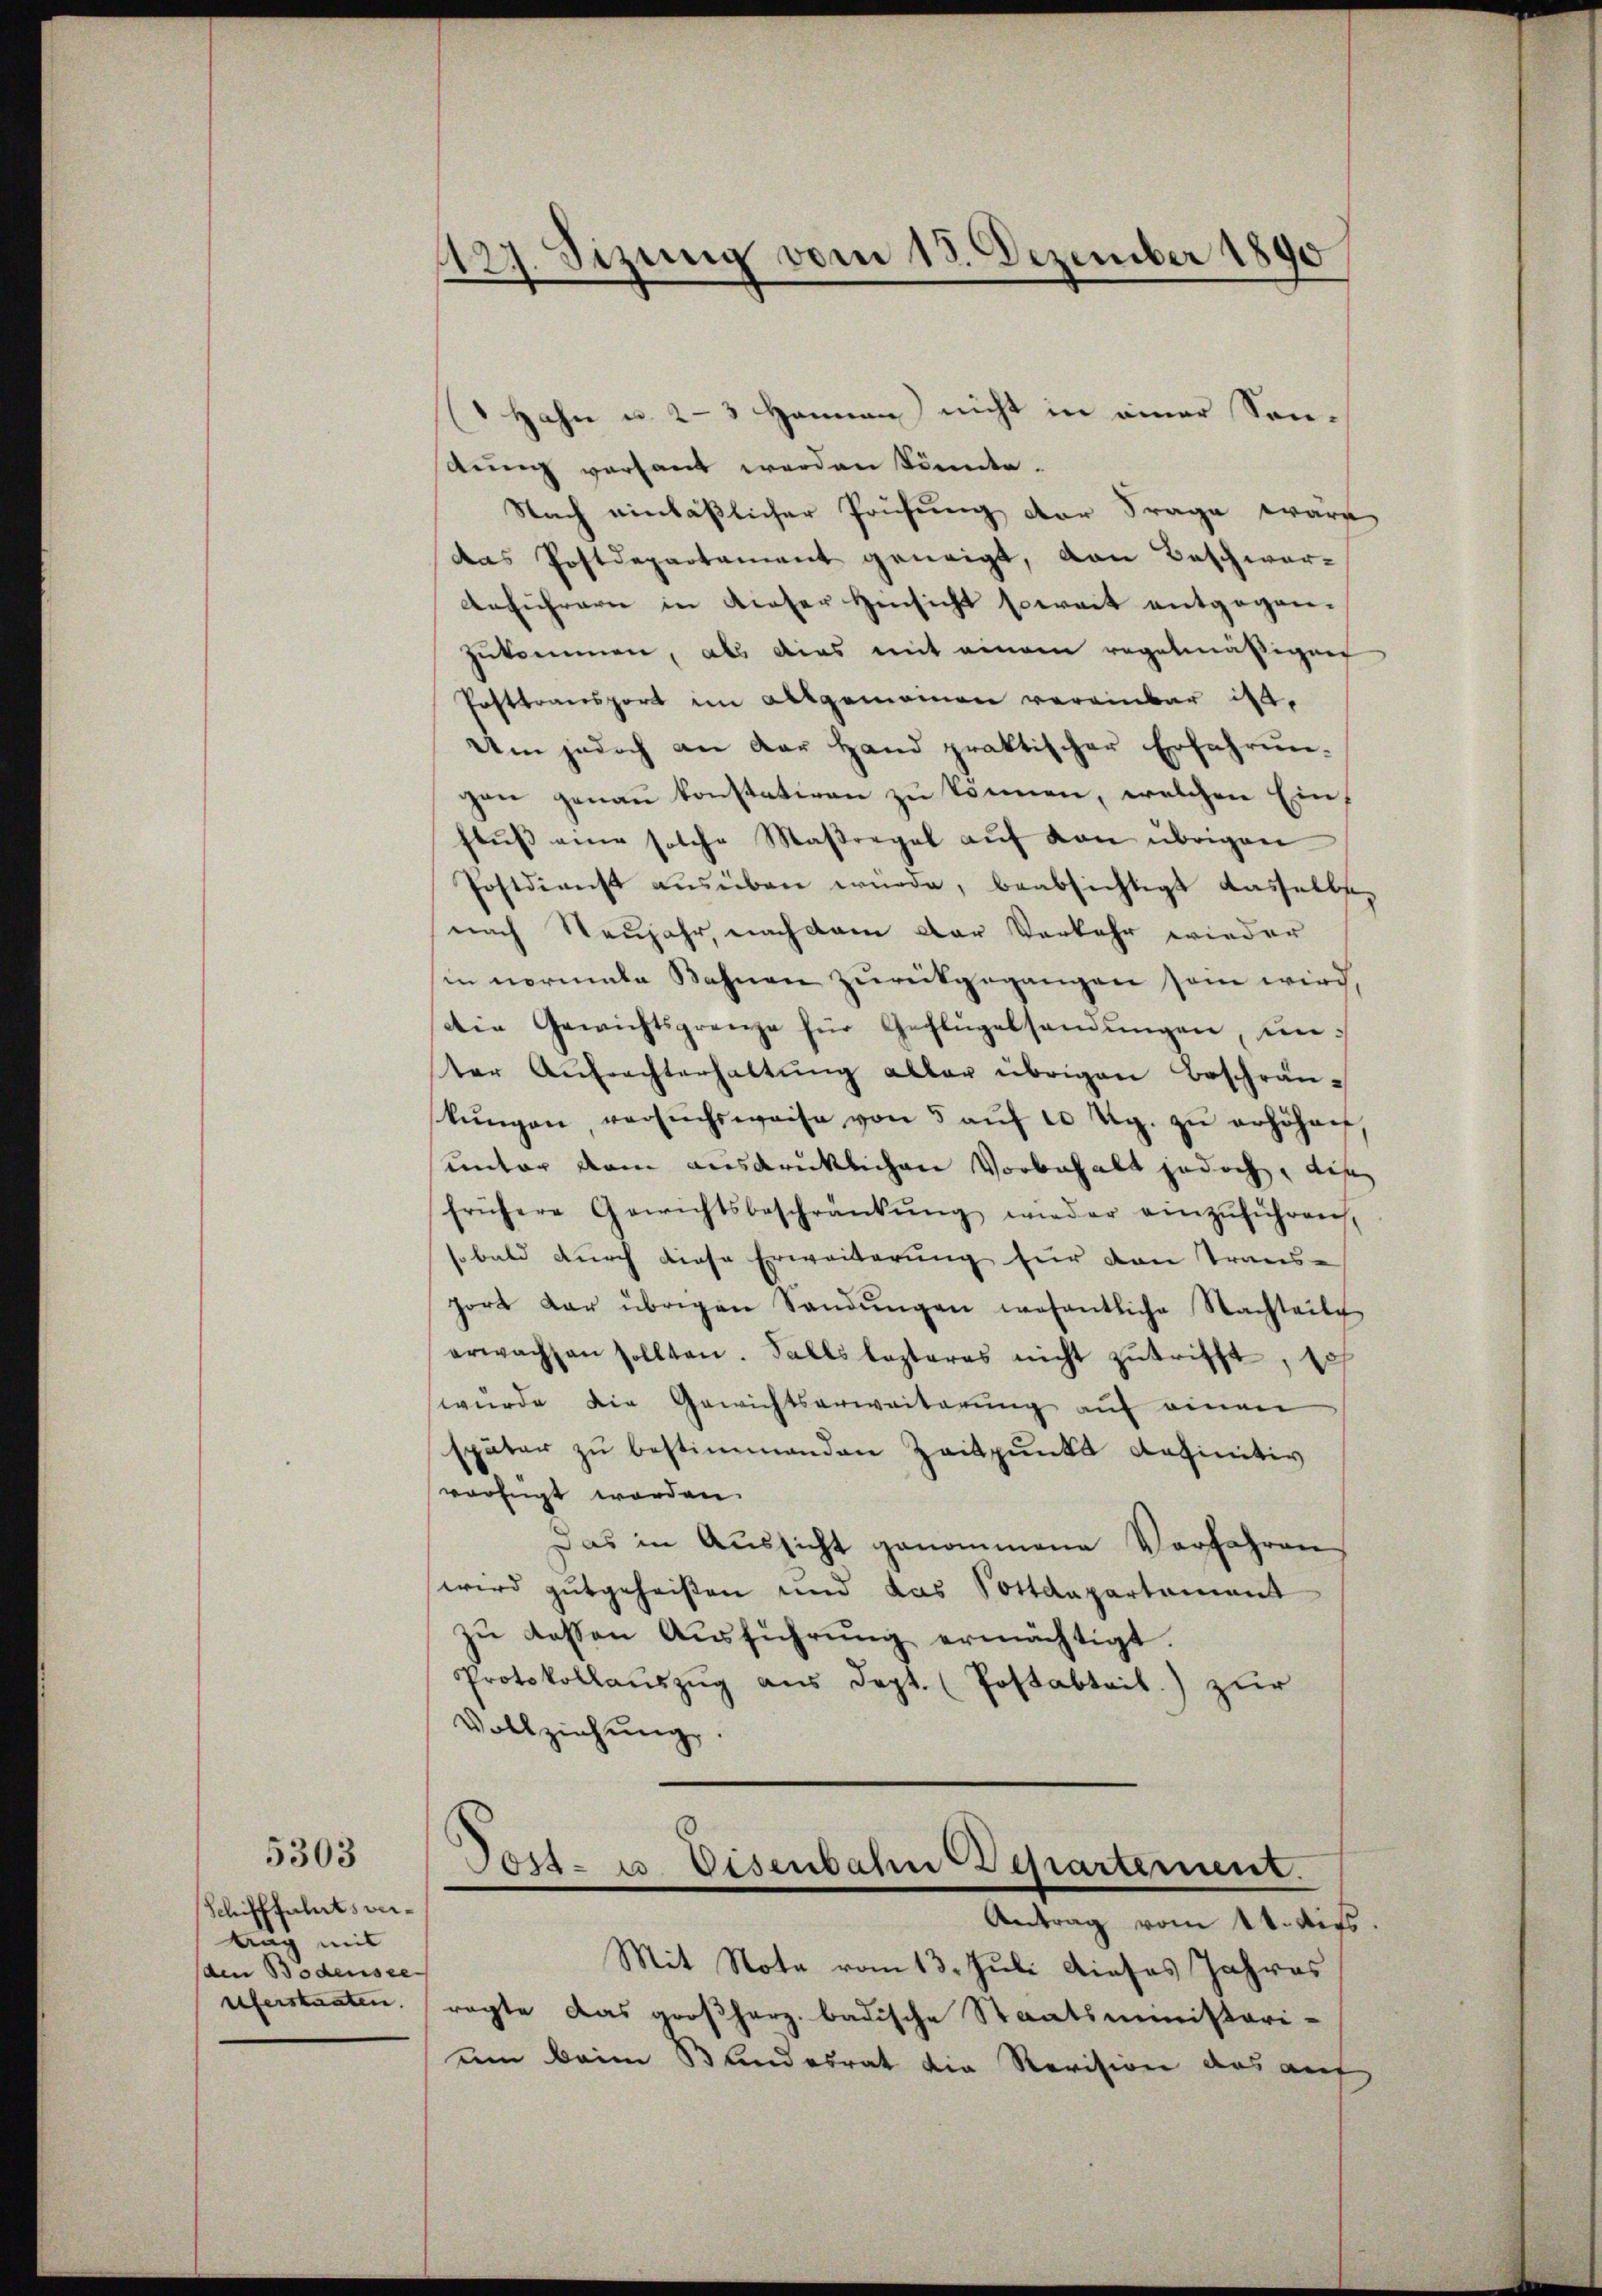
Schifffahrtsvertag mit
(den Bodensee
eiferstaaten. |

5303

127. Sizung vom 18. Dezember 1890

( Hahn u. 2-3 Hannen nicht in einer Sonttung versant werden könnte.
Nach einläßlicher Prüfung der Frage ware
das Postdepartement geneigt, von Beschwer¬
Anführern in dieser Hinsicht soweit entgegenzukommen, als dies mit einem regelmäßigen
Posttransport im Allgemeinen vereinbar ist.
Um jedoch an der Hand praktischer Erfahrun-
gen genau konstativen zu können, welchen Einflŭβ eine solche Maßregel aŭf von übrigen
Postdienst ausüben wurde, beabsichtigt dasselbs
nach Neujahr, nach dem der Verkehr wieder
in normale Bahnen zurückgegangen sein wird.
Die Gewichtsgrenze für Geflügelsandŭngen, unter Antrachterhaltŭng aller übrigen Beschrän-
kŭngen, versŭchsweise von 5 aŭf 10 Rp. zŭ erhöhen
unter dem ausdrücklichen Vorbehalt jedoch, die
frühere Gewichtsbeschränkŭng wieder einzŭführen,
so bald durch diese Erweiterung für den Trans-
port dar übrigen Sandŭngen wesentliche Nachteile
erwachsen sollten. Falls lezteres nicht zutrifft, so
wurde die Gewichtserweiterung auf einen
später zu bestimmenden Zeitpunkt definitiv
verfügt worden.
Das in Aussicht genommene Verfahren
wird gutgeheißen und das Sottdapartement
zŭ dessen Aŭsführŭng ermächtigt.
Protokollaŭszŭg aŭs dept. (Postabteil) zŭr
Vollziehŭng.

Jost- u. Eisenbahn Departement.
Antrag vom 14. dies

Mit Note vom 13. Juli dieses Jahres
ragte das großherz badische Staatsministari-
um beim Bundesrat die Revision das auf